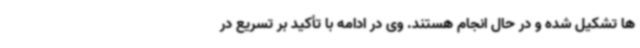
ها تشکیل شده و در حال انجام هستند. وی در ادامه با تأکید بر تسریع در